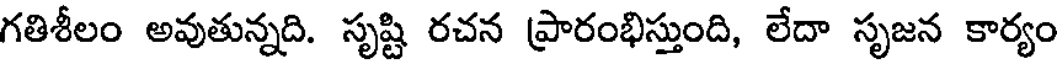
గతిశీలం అవుతున్నది. సృష్టి రచన ప్రారంభిస్తుంది, లేదా సృజన కార్యం